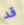
قد